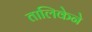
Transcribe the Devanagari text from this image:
तालिकेने